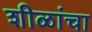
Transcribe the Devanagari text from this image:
शीळांचा